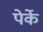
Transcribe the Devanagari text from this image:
पेर्के